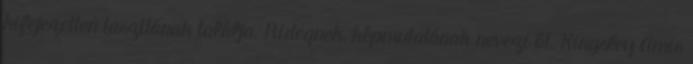
kifejezetten taszítónak találja. Ridegnek, képmutatónak nevezi őt. Kingsley Amis